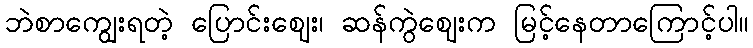
ဘဲစာကျွေးရတဲ့ ပြောင်းဈေး၊ ဆန်ကွဲဈေးက မြင့်နေတာကြောင့်ပါ။